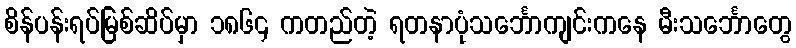
စိန်ပန်းရပ်မြစ်ဆိပ်မှာ ၁၈၆၄ ကတည်တဲ့ ရတနာပုံသင်္ဘောကျင်းကနေ မီးသင်္ဘောတွေ